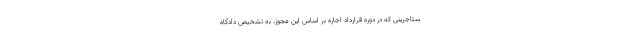
ستاجرینی که در دوره قرارداد اجاره بر اساس این مجوز، به تشخیص دادگاه